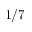
1 / 7